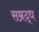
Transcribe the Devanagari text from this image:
सम्रद्ध